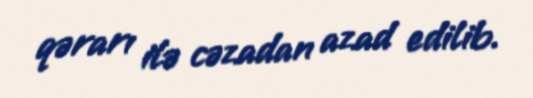
qərarı ilə cəzadan azad edilib.